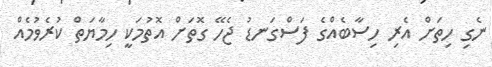
ނެގި ހިތަށް އެރި ހިސާބެއްގެ ފަސްގަނޑު ޖެހޭ ގޮތަށް އޮތުމަކީ ހިމާޔަތް ކުރެވުމެއް